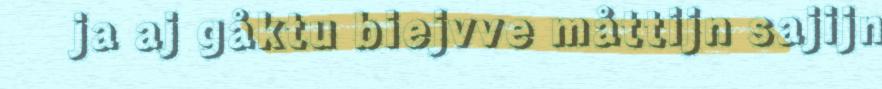
ja aj gåktu biejvve måttijn sajijn